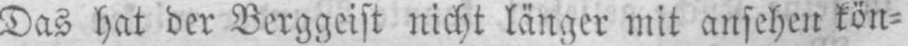
Das hat der Berggeist nicht länger mit ansehen kön⸗